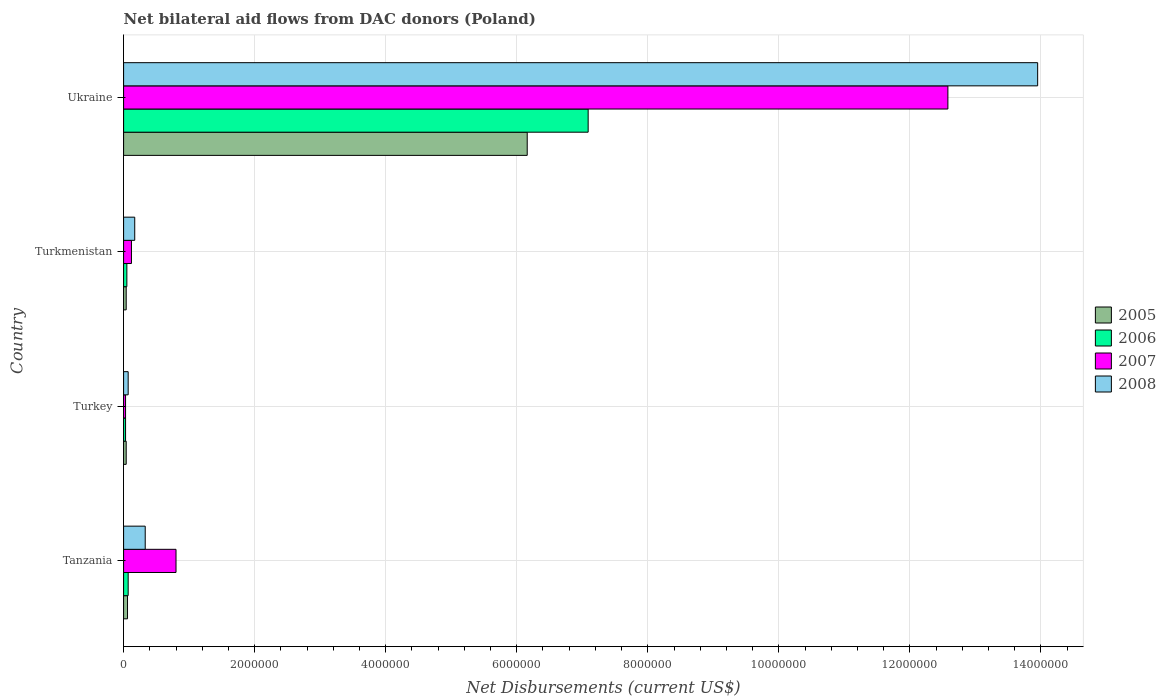
| Country | 2005 | 2006 | 2007 | 2008 |
 | --- | --- | --- | --- | --- |
 | Tanzania | 6e+04 | 7e+04 | 8e+05 | 3.3e+05 |
 | Turkey | 4e+04 | 3e+04 | 3e+04 | 7e+04 |
 | Turkmenistan | 4e+04 | 5e+04 | 1.2e+05 | 1.7e+05 |
 | Ukraine | 6.16e+06 | 7.09e+06 | 1.26e+07 | 1.4e+07 |